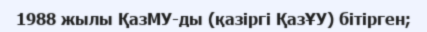
1988 жылы ҚазМУ-ды (қазіргі ҚазҰУ) бітірген;